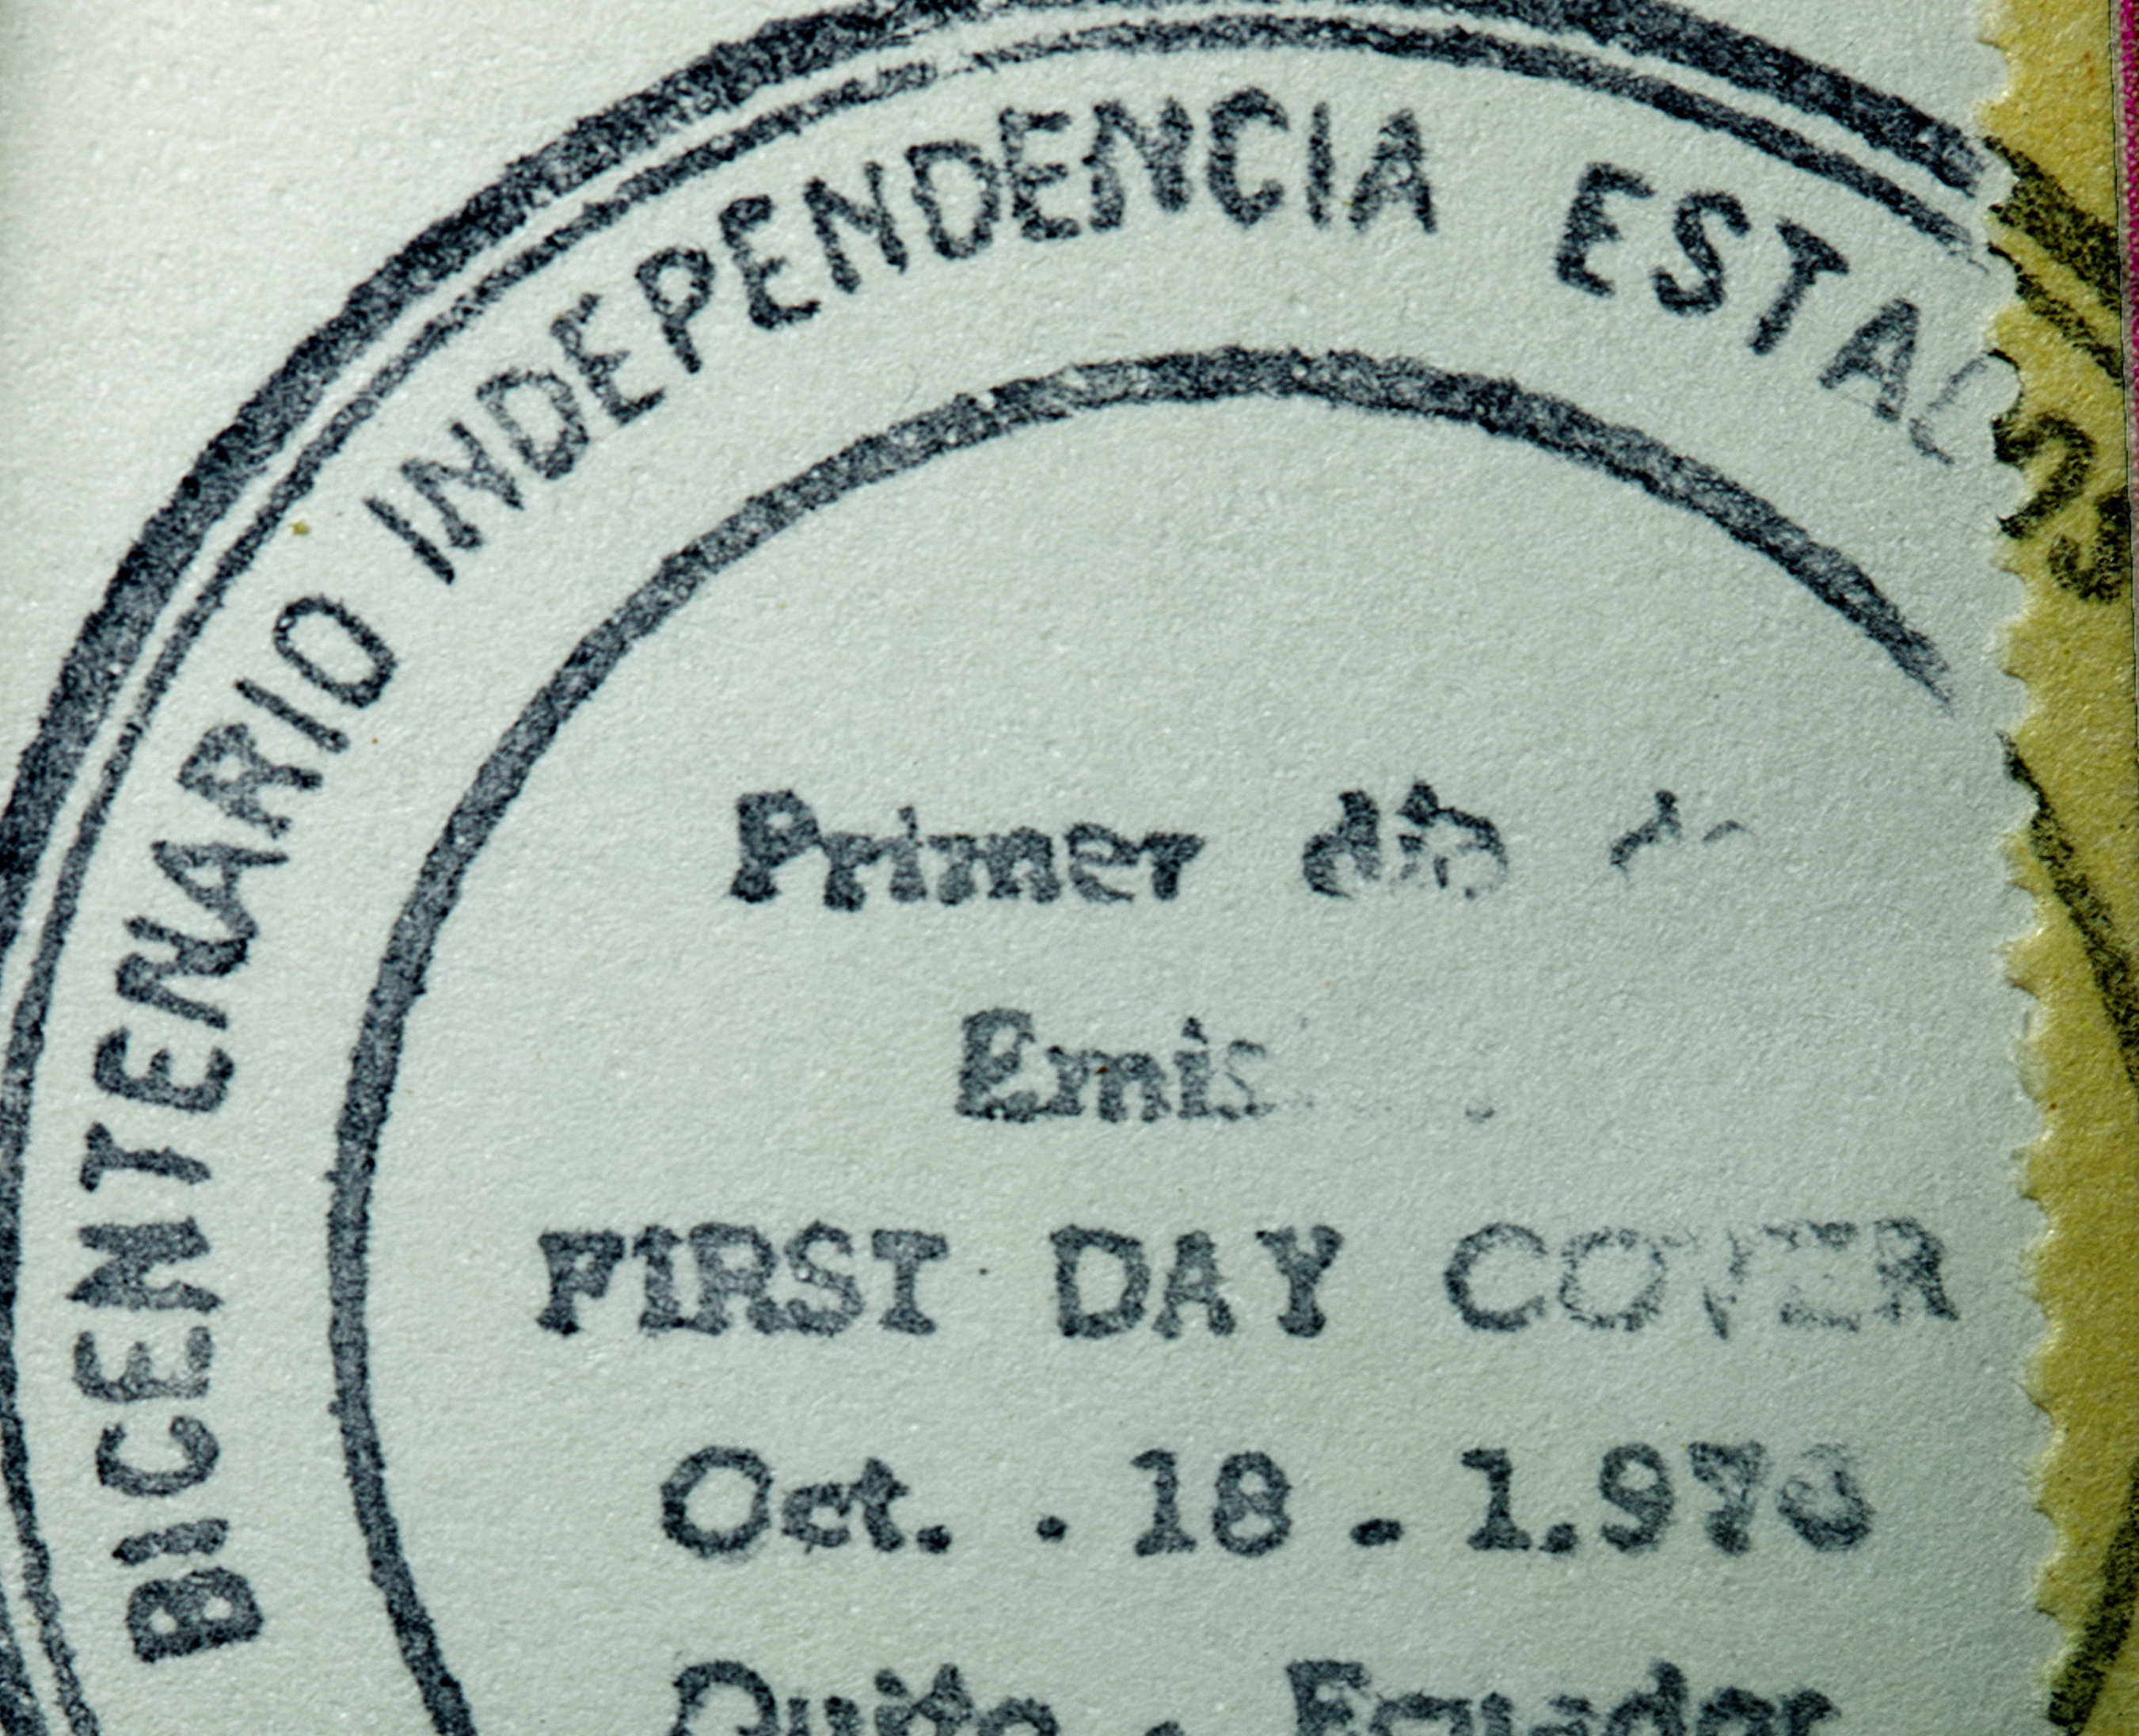
BICENTENARIO INDEPENDENCIA ESTA